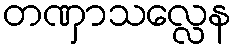
တဏှာသလ္လေန